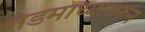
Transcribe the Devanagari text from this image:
गडमाथ्यावरुन